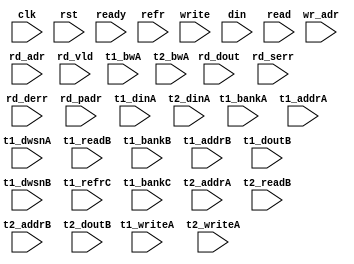
/*
 * Copyright (C) 2011 Memoir Systems Inc. These coded instructions, statements, and computer programs are
 * Confidential Proprietary Information of Memoir Systems Inc. and may not be disclosed to third parties
 * or copied in any form, in whole or in part, without the prior written consent of Memoir Systems Inc.
 * 
 * Generated File by Ipgen. Version: 3.1.UNKNOWN Date: Wed 2012.03.07 at 08:58:50 PM IST
 * */

module algo_1r1w_a22_sva_wrap
#(parameter IP_WIDTH = 32, parameter IP_BITWIDTH = 5, parameter IP_DECCBITS = 7, parameter IP_NUMADDR = 8192, parameter IP_BITADDR = 13, 
parameter IP_NUMVBNK = 4,	parameter IP_BITVBNK = 2, parameter IP_BITPBNK = 3,
parameter IP_ENAECC = 0, parameter IP_ENAPAR = 0, parameter IP_SECCBITS = 4, parameter IP_SECCDWIDTH = 3, 
parameter FLOPECC = 0, parameter FLOPIN = 0, parameter FLOPOUT = 0, parameter FLOPCMD = 0, parameter FLOPMEM = 0,
parameter IP_REFRESH = 1, parameter IP_REFFREQ = 6,  parameter IP_REFFRHF = 0,

parameter T1_WIDTH = 32, parameter T1_NUMVBNK = 1, parameter T1_BITVBNK = 1, parameter T1_DELAY = 2, parameter T1_NUMVROW = 8192, parameter T1_BITVROW = 13, 
parameter T1_BITWSPF = 0, parameter T1_NUMWRDS = 1, parameter T1_BITWRDS = 1, parameter T1_NUMSROW = 2048, parameter T1_BITSROW = 11, parameter T1_PHYWDTH = 32,
parameter T1_NUMRBNK = 4, parameter T1_BITRBNK = 2, parameter T1_NUMRROW = 256, parameter T1_BITRROW = 8, parameter T1_NUMPROW = 8192, parameter T1_BITPROW = 13,
parameter T1_M_NUMVBNK = 4, parameter T1_M_BITVBNK = 2, parameter T1_ISDCR = 0,
parameter T1_BITDWSN = 8, 
parameter T1_NUMDWS0 = 0, parameter T1_NUMDWS1 = 0, parameter T1_NUMDWS2 = 0, parameter T1_NUMDWS3 = 0,
parameter T1_NUMDWS4 = 0, parameter T1_NUMDWS5 = 0, parameter T1_NUMDWS6 = 0, parameter T1_NUMDWS7 = 0,
parameter T1_NUMDWS8 = 0, parameter T1_NUMDWS9 = 0, parameter T1_NUMDWS10 = 0, parameter T1_NUMDWS11 = 0,
parameter T1_NUMDWS12 = 0, parameter T1_NUMDWS13 = 0, parameter T1_NUMDWS14 = 0, parameter T1_NUMDWS15 = 0,

parameter T2_WIDTH = 42, parameter T2_NUMVBNK = 2, parameter T2_BITVBNK = 1, parameter T2_DELAY = 2, parameter T2_NUMVROW = 2048, parameter T2_BITVROW = 11,
parameter T2_BITWSPF = 0, parameter T2_NUMWRDS = 1, parameter T2_BITWRDS = 1, parameter T2_NUMSROW = 2048, parameter T2_BITSROW = 11, parameter T2_PHYWDTH = 42
)
(clk, rst, ready, refr,
 write, wr_adr, din,
 read, rd_adr, rd_vld, rd_dout, rd_serr, rd_derr, rd_padr,
t1_writeA, t1_bankA, t1_addrA, t1_bwA, t1_dinA, t1_dwsnA,
t1_readB, t1_bankB, t1_addrB, t1_doutB, t1_dwsnB,
t1_refrC, t1_bankC,
t2_writeA, t2_addrA, t2_readB, t2_addrB, t2_dinA, t2_bwA, t2_doutB);


  parameter WIDTH = IP_WIDTH;
  parameter BITWDTH = IP_BITWIDTH;
  parameter NUMADDR = IP_NUMADDR;
  parameter BITADDR = IP_BITADDR;
  parameter NUMVROW = T1_NUMVROW;   // ALGO Parameters
  parameter BITVROW = T1_BITVROW;
  parameter NUMVBNK = IP_NUMVBNK;
  parameter BITVBNK = IP_BITVBNK;
  parameter BITPBNK = IP_BITPBNK;
  parameter NUMWRDS = T1_NUMWRDS;      // ALIGN Parameters
  parameter BITWRDS = T1_BITWRDS;
  parameter NUMSROW = T1_NUMSROW;
  parameter BITSROW = T1_BITSROW;
  parameter REFRESH = IP_REFRESH;      // REFRESH Parameters
  parameter NUMRBNK = T1_NUMRBNK;
  parameter BITWSPF = T1_BITWSPF;
  parameter BITRBNK = T1_BITRBNK;
  parameter NUMRROW = T1_NUMRROW;
  parameter BITRROW = T1_BITRROW;
  parameter REFFREQ = IP_REFFREQ;
  parameter ISDCR   = T1_ISDCR;
  parameter SRAM_DELAY = T2_DELAY;
  parameter DRAM_DELAY = T1_DELAY;
  parameter PHYWDTH = T1_PHYWDTH;
  parameter ECCBITS = IP_SECCBITS;
  
  parameter BITDWSN = T1_BITDWSN;		//DWSN Parameters
  parameter NUMDWS0 = T1_NUMDWS0;
  parameter NUMDWS1 = T1_NUMDWS1;
  parameter NUMDWS2 = T1_NUMDWS2;
  parameter NUMDWS3 = T1_NUMDWS3;
  parameter NUMDWS4 = T1_NUMDWS4;
  parameter NUMDWS5 = T1_NUMDWS5;
  parameter NUMDWS6 = T1_NUMDWS6;
  parameter NUMDWS7 = T1_NUMDWS7;
  parameter NUMDWS8 = T1_NUMDWS8;
  parameter NUMDWS9 = T1_NUMDWS9;
  parameter NUMDWS10 = T1_NUMDWS10;
  parameter NUMDWS11 = T1_NUMDWS11;
  parameter NUMDWS12 = T1_NUMDWS12;
  parameter NUMDWS13 = T1_NUMDWS13;
  parameter NUMDWS14 = T1_NUMDWS14;
  parameter NUMDWS15 = T1_NUMDWS15;

  parameter SDOUT_WIDTH = 2*(BITVBNK+1)+ECCBITS;
  parameter BITPADR = BITPBNK+BITSROW+BITWRDS+1;

  input                                refr;

  input                                write;
  input [BITADDR-1:0]                  wr_adr;
  input [WIDTH-1:0]                    din;

  input                                read;
  input [BITADDR-1:0]                  rd_adr;
  input                               rd_vld;
  input [WIDTH-1:0]                   rd_dout;
  input                               rd_serr;
  input                               rd_derr;
  input [BITPADR-1:0]                 rd_padr;

  input                               ready;
  input                                clk, rst;

  input [1-1:0] t1_writeA;
  input [1*BITVBNK-1:0] t1_bankA;
  input [1*BITSROW-1:0] t1_addrA;
  input [1*PHYWDTH-1:0] t1_bwA;
  input [1*PHYWDTH-1:0] t1_dinA;
  input [1*BITDWSN-1:0] t1_dwsnA;

  input [1-1:0] t1_readB;
  input [1*BITVBNK-1:0] t1_bankB;
  input [1*BITSROW-1:0] t1_addrB;
  input  [1*PHYWDTH-1:0] t1_doutB;
  input [1*BITDWSN-1:0] t1_dwsnB;

  input [1-1:0] t1_refrC;
  input [1*BITRBNK-1:0] t1_bankC;

  input [2-1:0] t2_writeA;
  input [2*BITVROW-1:0] t2_addrA;
  input [2*(SDOUT_WIDTH+WIDTH)-1:0] t2_dinA;
  input [2*(SDOUT_WIDTH+WIDTH)-1:0] t2_bwA;

  input [2-1:0] t2_readB;
  input [2*BITVROW-1:0] t2_addrB;
  input [2*(SDOUT_WIDTH+WIDTH)-1:0] t2_doutB;
  
endmodule